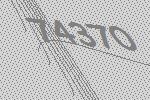
74370